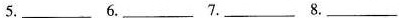
5. ___6. ___7. ___8. ___